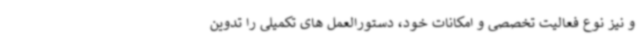
و نیز نوع فعالیت تخصصی و امکانات خود، دستورالعمل های تکمیلی را تدوین